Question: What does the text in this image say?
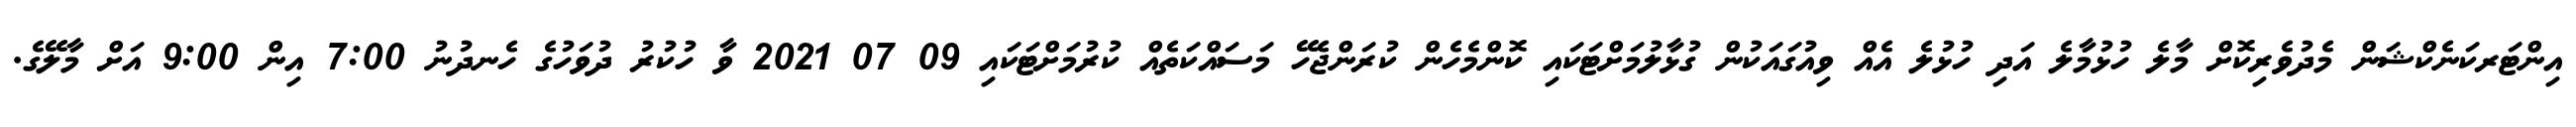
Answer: އިންޓަރކަނެކްޝަން މެދުވެރިކޮށް މާލެ ހުޅުމާލެ އަދި ހުޅުލެ އެއް ވިއުގައަކުން ގުޅާލުމަށްޓަކައި ކޮންމެހެން ކުރަންޖެހޭ މަސައްކަތެއް ކުރުމަށްޓަކައި 09 07 2021 ވާ ހުކުރު ދުވަހުގެ ހެނދުނު 7:00 އިން 9:00 އަށް މާލޭގެ.